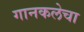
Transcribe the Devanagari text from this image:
गानकलेचा